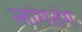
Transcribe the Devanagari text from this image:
लांगतंग